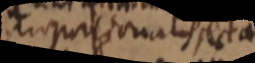
proportionalis recta